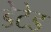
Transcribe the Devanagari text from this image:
डेटेड